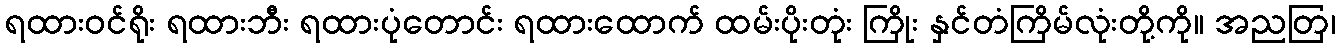
ရထားဝင်ရိုး ရထားဘီး ရထားပုံတောင်း ရထားထောက် ထမ်းပိုးတုံး ကြိုး နှင်တံကြိမ်လုံးတို့ကို။ အညတြ၊